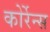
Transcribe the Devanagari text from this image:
कोर्रेन्स